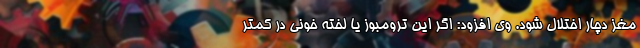
مغز دچار اختلال شود. وی افزود: اگر این ترومبوز یا لخته خونی در کمتر